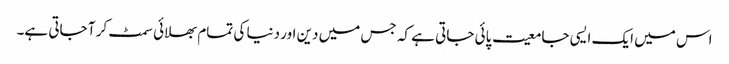
اس میں ایک ایسی جامعیت پائی جاتی ہے کہ جس میں دین اور دنیا کی تمام بھلائی سمٹ کر آ جاتی ہے۔